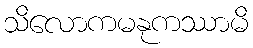
သိလောကမနုကဿာမိ